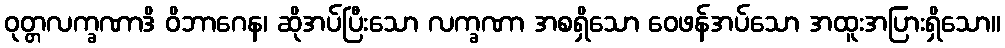
ဝုတ္တလက္ခဏာဒိ ဝိဘာဂေန၊ ဆိုအပ်ပြီးသော လက္ခဏာ အစရှိသော ဝေဖန်အပ်သော အထူးအပြားရှိသော။